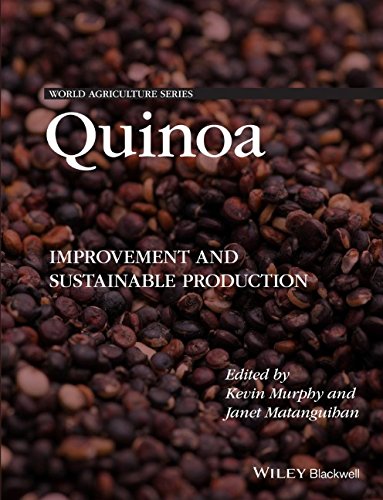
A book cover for Quinoa: Improvement and Sustainable Production (World Agriculture Series); Science & Math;